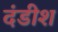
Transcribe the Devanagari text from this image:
दंडीश